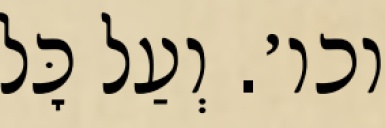
וכו׳. וְעַל כׇּל